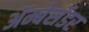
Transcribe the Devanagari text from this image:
अॅम्बेसॅडर